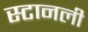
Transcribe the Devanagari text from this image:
स्टानली